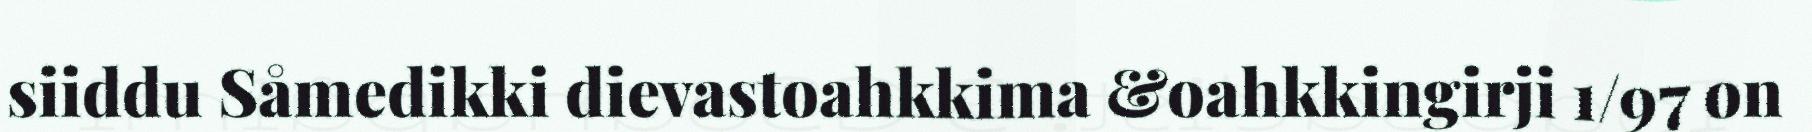
siiddu Såmedikki dievastoahkkima &oahkkingirji 1/97 on